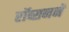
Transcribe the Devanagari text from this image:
रॉब्सनने